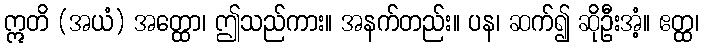
ဣတိ (အယံ) အတ္ထော၊ ဤသည်ကား။ အနက်တည်း။ ပန၊ ဆက်၍ ဆိုဦးအံ့။ ဧတ္ထ၊